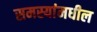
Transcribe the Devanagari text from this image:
समस्यांमधील